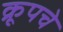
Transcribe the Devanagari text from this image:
क्रूपचे